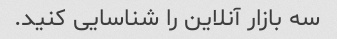
سه بازار آنلاین را شناسایی کنید.